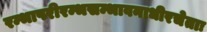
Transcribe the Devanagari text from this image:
रम्भापरीरम्भसम्भावनाधीरचेताः